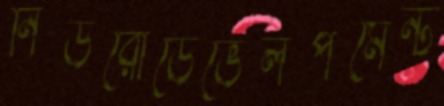
নিউরোডেভেলপমেন্ট